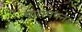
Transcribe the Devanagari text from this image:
पारापपनड